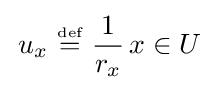
\,u_{x}~{\stackrel {\scriptscriptstyle {\text{def}}}{=}}~{\frac {1}{r_{x}}}\,x\in U